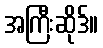
အကြီးဆိုဒ်။